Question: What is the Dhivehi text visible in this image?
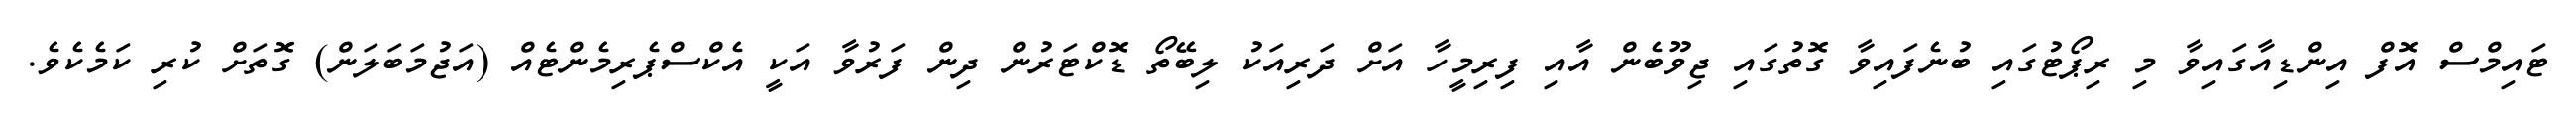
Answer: ޓައިމްސް އޮފް އިންޑިއާގައިވާ މި ރިޕޯޓުގައި ބުނެފައިވާ ގޮތުގައި ޖިވޫބެން އާއި ފިރިމީހާ އަށް ދަރިއަކު ލިބޭތޯ ޑޮކްޓަރުން ދިން ފަރުވާ އަކީ އެކްސްޕެރިމެންޓެއް (އަޖުމަބަލަން) ގޮތަށް ކުރި ކަމެކެވެ.